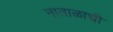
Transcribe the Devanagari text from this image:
नाताळाची